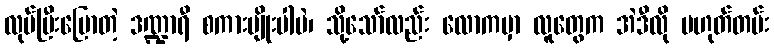
လုပ်ပြီးပြောတဲ့ ဒဏ္ဍာရီ စကားမျိုးပါပဲ၊ သို့သော်လည်း လောကမှာ လူတွေက အဲဒီလို မဟုတ်တမ်း